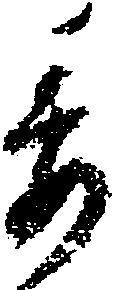
委